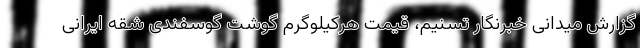
گزارش میدانی خبرنگار تسنیم، قیمت هرکیلوگرم گوشت گوسفندی شقه ایرانی